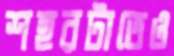
শহরটাতেও